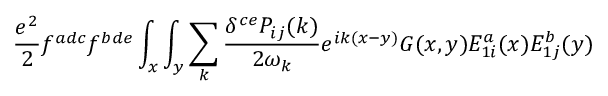
{ \frac { e ^ { 2 } } { 2 } } f ^ { a d c } f ^ { b d e } \int _ { x } \int _ { y } \sum _ { k } { \frac { \delta ^ { c e } P _ { i j } ( k ) } { 2 \omega _ { k } } } e ^ { i k ( x - y ) } G ( x , y ) E _ { 1 i } ^ { a } ( x ) E _ { 1 j } ^ { b } ( y )